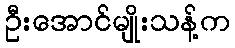
ဦးအောင်မျိုးသန့်က